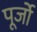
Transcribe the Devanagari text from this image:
पूर्जो